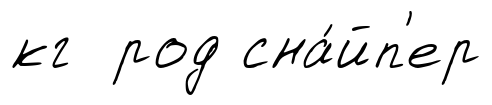
кг род сна́йп'ер